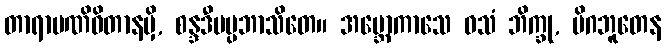
တာရာမဏိဝိတာနမှိ, စန္ဒဒီပပ္ပဘာသိတေ။ အဗ္ဘောကာသေ ဝသံ ဘိက္ခု, မိဂဘူတေန